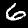
Label: 6